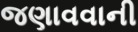
જણાવવાની